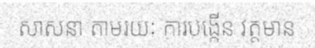
សាសនា តាមរយៈ ការបង្កើន វត្តមាន